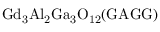
\mathrm { G d _ { 3 } A l _ { 2 } G a _ { 3 } O _ { 1 2 } ( G A G G ) }